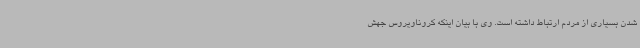
شدن بسیاری از مردم ارتباط داشته است. وی با بیان اینکه کروناویروس جهش